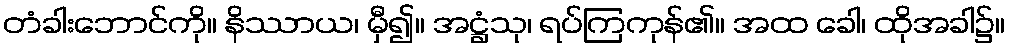
တံခါးဘောင်ကို။ နိဿာယ၊ မှီ၍။ အဋ္ဌံသု၊ ရပ်ကြကုန်၏။ အထ ခေါ၊ ထိုအခါ၌။